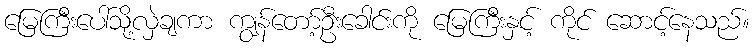
မြေကြီးပေါ်သို့လှဲချကာ ကျွန်တော့်ဦးခေါင်းကို မြေကြီးနှင့် ကိုင် ဆောင့်နေသည်။